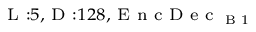
_ { \textrm { L } : 5 , \textrm { D } : 1 2 8 , \textrm { E n c D e c } _ { \textrm { B } 1 } }